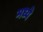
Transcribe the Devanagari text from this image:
मध्येे